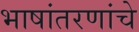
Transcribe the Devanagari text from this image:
भाषांतरणांचे